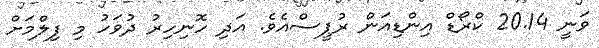
ވަނީ 20.14 ކްރޯޑް އިންޑިއަން ރުޕީސްއެވެ. އަދި ހޮނިހިރު ދުވަހު މި ފިލްމަށް